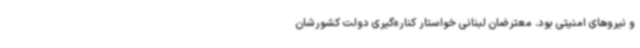
و نیروهای امنیتی بود. معترضان لبنانی خواستار کناره‌گیری دولت کشورشان